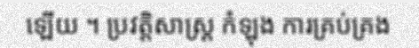
ឡើយ ។ ប្រវត្តិសាស្ត្រ កំឡុង ការគ្រប់គ្រង